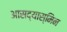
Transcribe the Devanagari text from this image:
आसद्यास्मिन